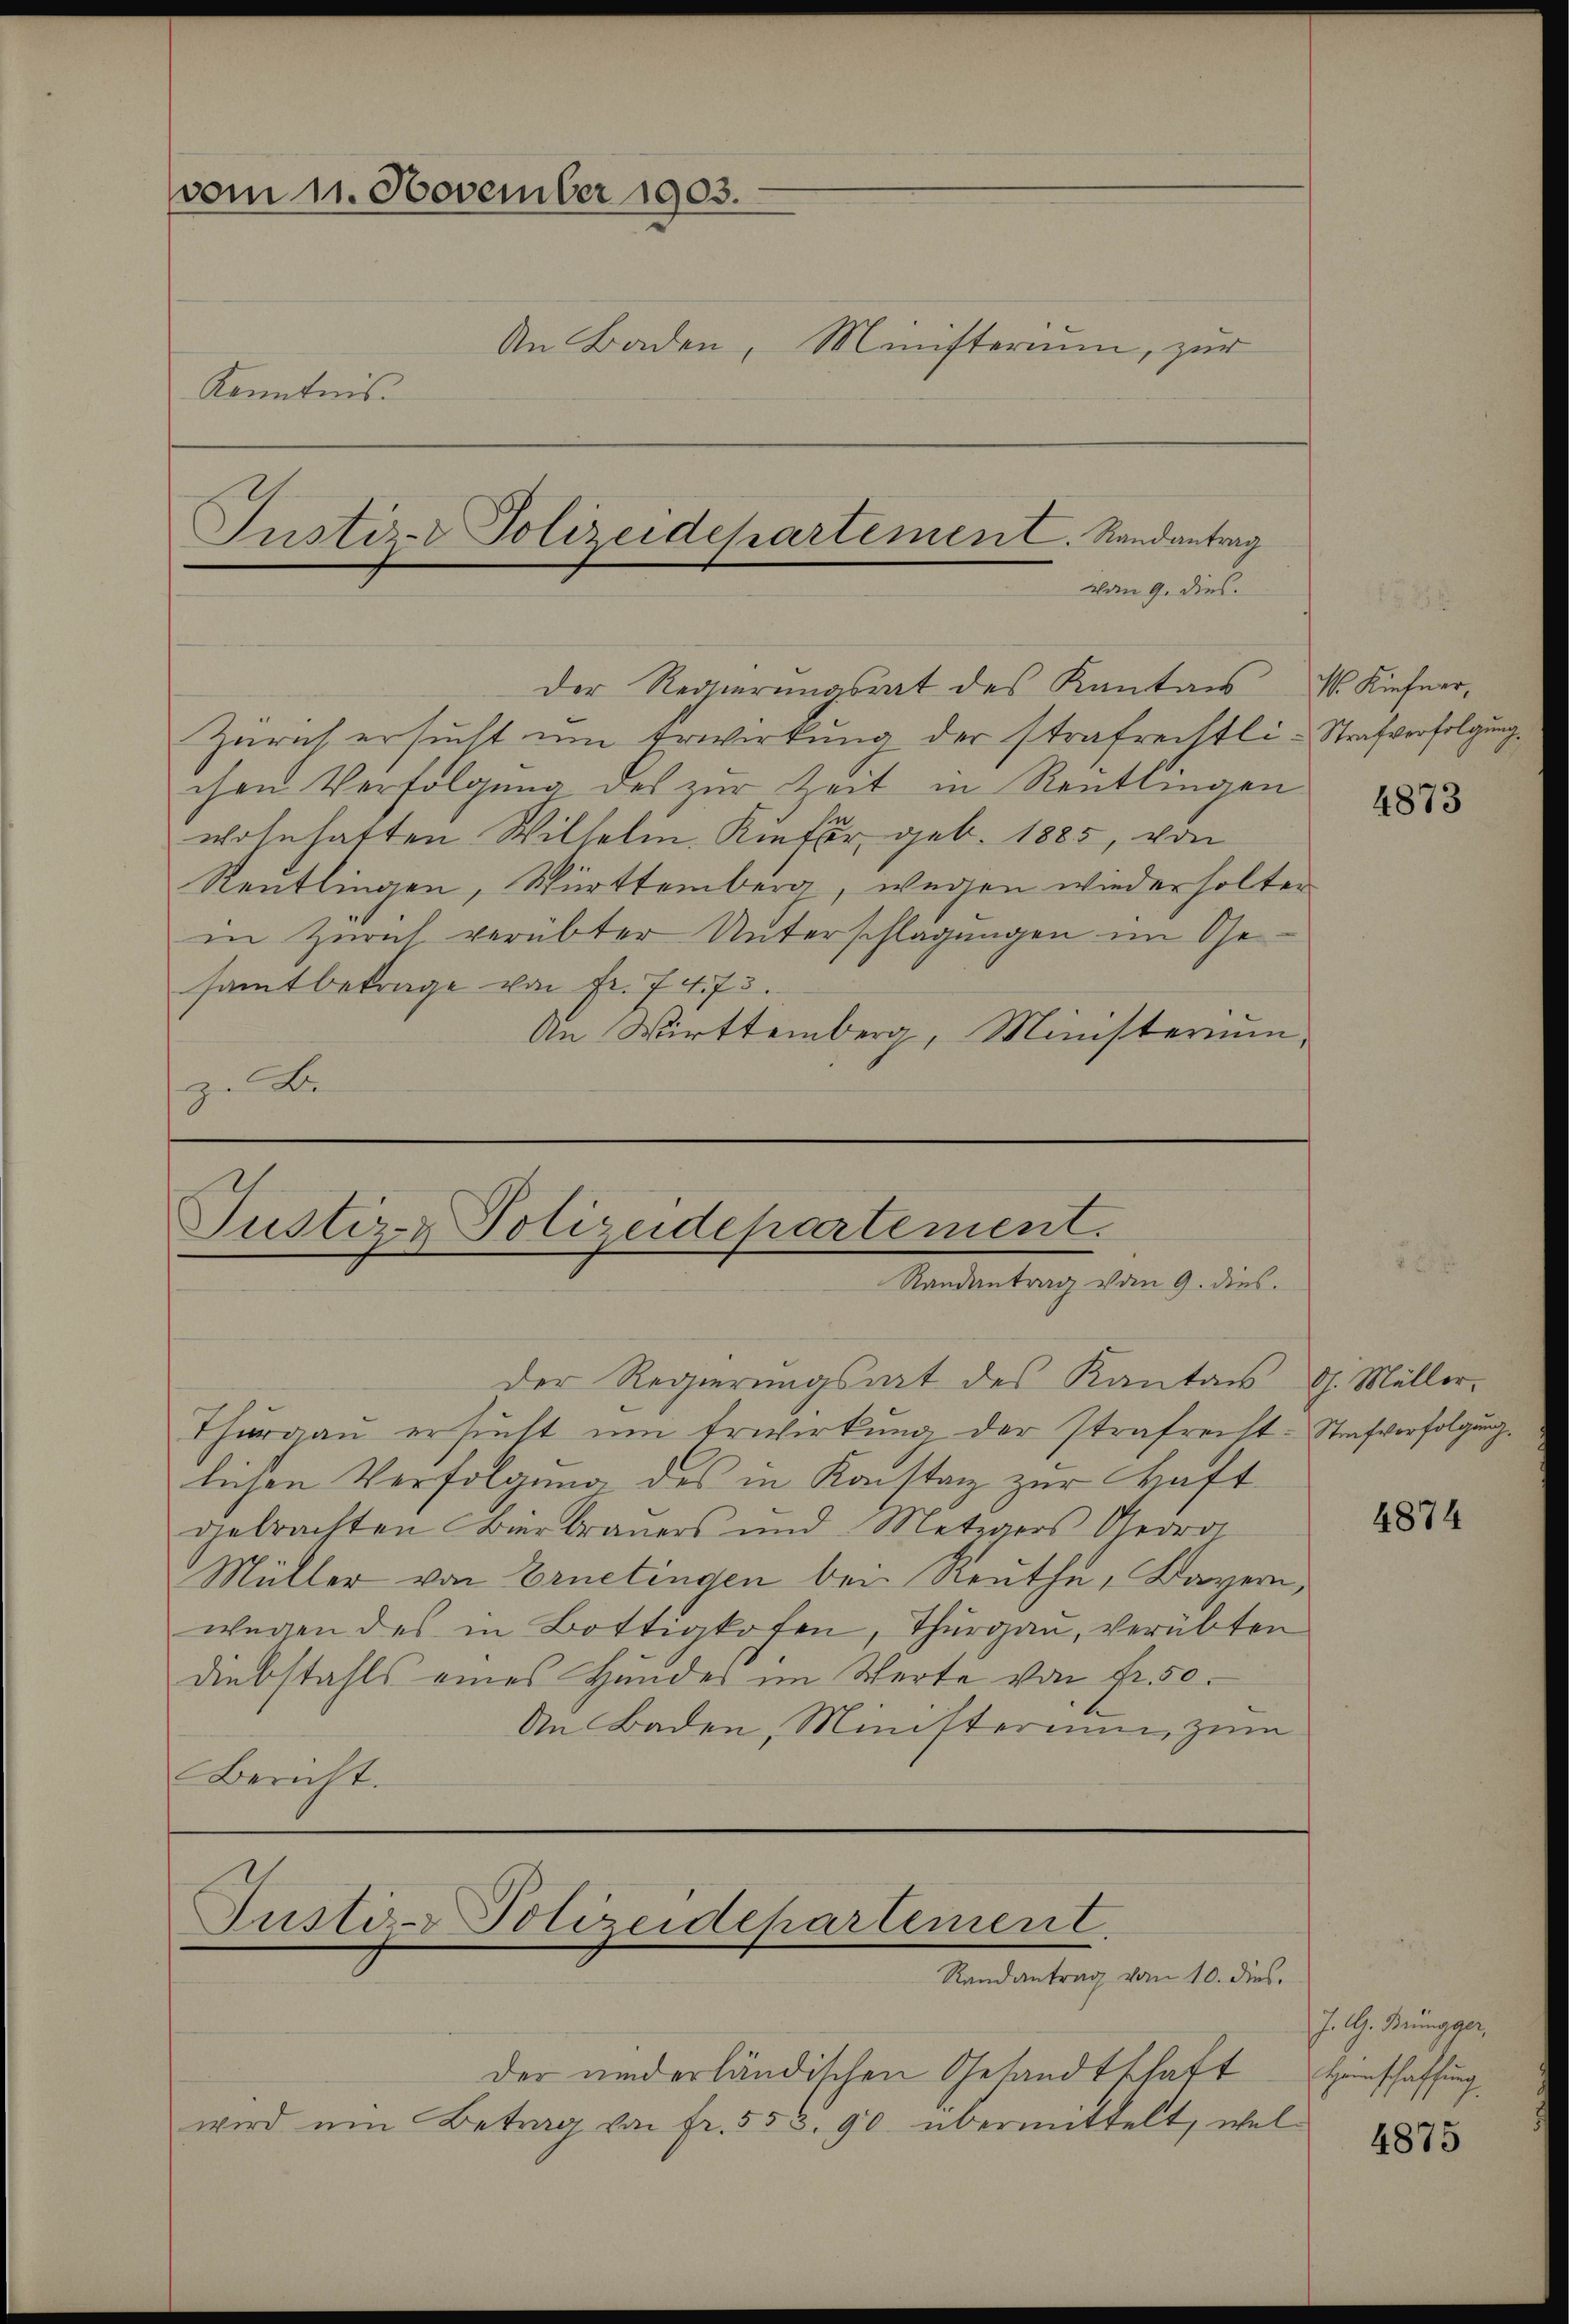
vom 11. November 1903.
An Baden, Ministerium, zur
Kenntnis.
Justiz- Polizeidepartement. Randantrag

vom 9. dies

Der Regierungsrat des Kantons
Zürich ersucht um Erwirkung der strafreistli-Strafverfolgung
chen Verfolgŭng des zŭr Zeit in Reutlingen
wohnhaften Wilhelm Kinder, geb. 1885, von
Reutlingen, Württemberg, wegen wieder solten
in Zürich verübter Unterschlagungen im Gesamtbetrage von Fr. 7473.
An Wirttemberg, Ministerium,
z. B.

Justiz-Polizeidepartement.
Randantrag vom 9. dies

Der Regierungsrat des Kanton dh. Müller-
Thurgau ersucht um Erwirkung der Strafrecht-Strafverfolgung.
lichen Verfolgung des in Konstag zur Haft
gebrachten Bierbraŭers und Metzgers Georo
Müller von Ernetingen bei Reuthe, Bayern,
wegen des in Bottigkofen, Thurgau, verübten
Diebstahls eines Hunder im Werte von fr. 50.
An Baden, Ministerium zum
Bericht.

Justiz-Polizeidepartement.
Randantrag vom 10. dies

der und erländischen Gesandtschaft
wird ŭm Betrag von fr. 553. 90 übermittelt, wel-

Kiefner,

4873

4874

J. G. Brüngger,
Heinschaffung.

4875